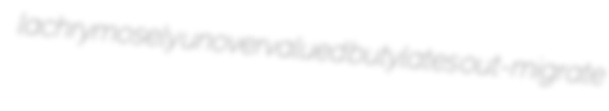
lachrymosely unovervalued butylates out-migrate